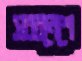
সব্বনেশে